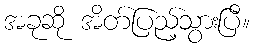
အခုဆို အိတ်ပြည့်သွားပြီ။